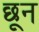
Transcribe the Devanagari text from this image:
छून